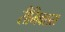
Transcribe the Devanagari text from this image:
रीमिक्सस